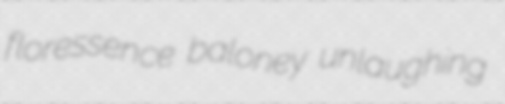
floressence baloney unlaughing